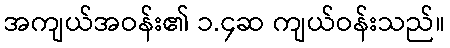
အကျယ်အဝန်း၏ ၁.၄ဆ ကျယ်ဝန်းသည်။